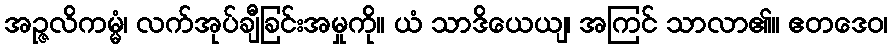
အဉ္ဇလိကမ္မံ၊ လက်အုပ်ချီခြင်းအမှုကို။ ယံ သာဒိယေယျ၊ အကြင် သာလာ၏။ ဧတဒေဝ၊